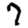
Digit: 7